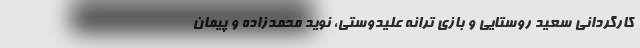
کارگردانی سعید روستایی و بازی ترانه علیدوستی، نوید محمدزاده و پیمان